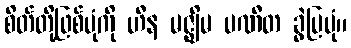
စိတ်တို့ဖြစ်ပုံကို ဟီန မဇ္ဈိမ ပဏီတ ခွဲပြပုံ။